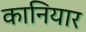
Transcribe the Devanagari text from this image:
कानियार